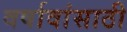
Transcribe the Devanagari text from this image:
वर्षावांसाठी